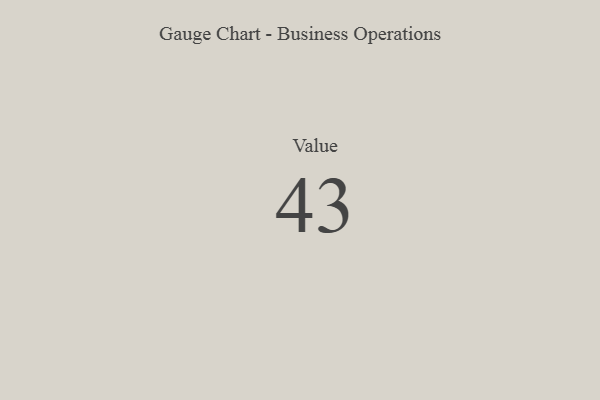
{"axis": {"x": "Metric", "y": "Value"}, "legend": [""], "data": [{"x": "Value", "y": 43, "type": ""}]}